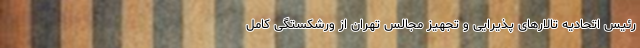
رئیس اتحادیه تالارهای پذیرایی و تجهیز مجالس تهران از ورشکستگی کامل